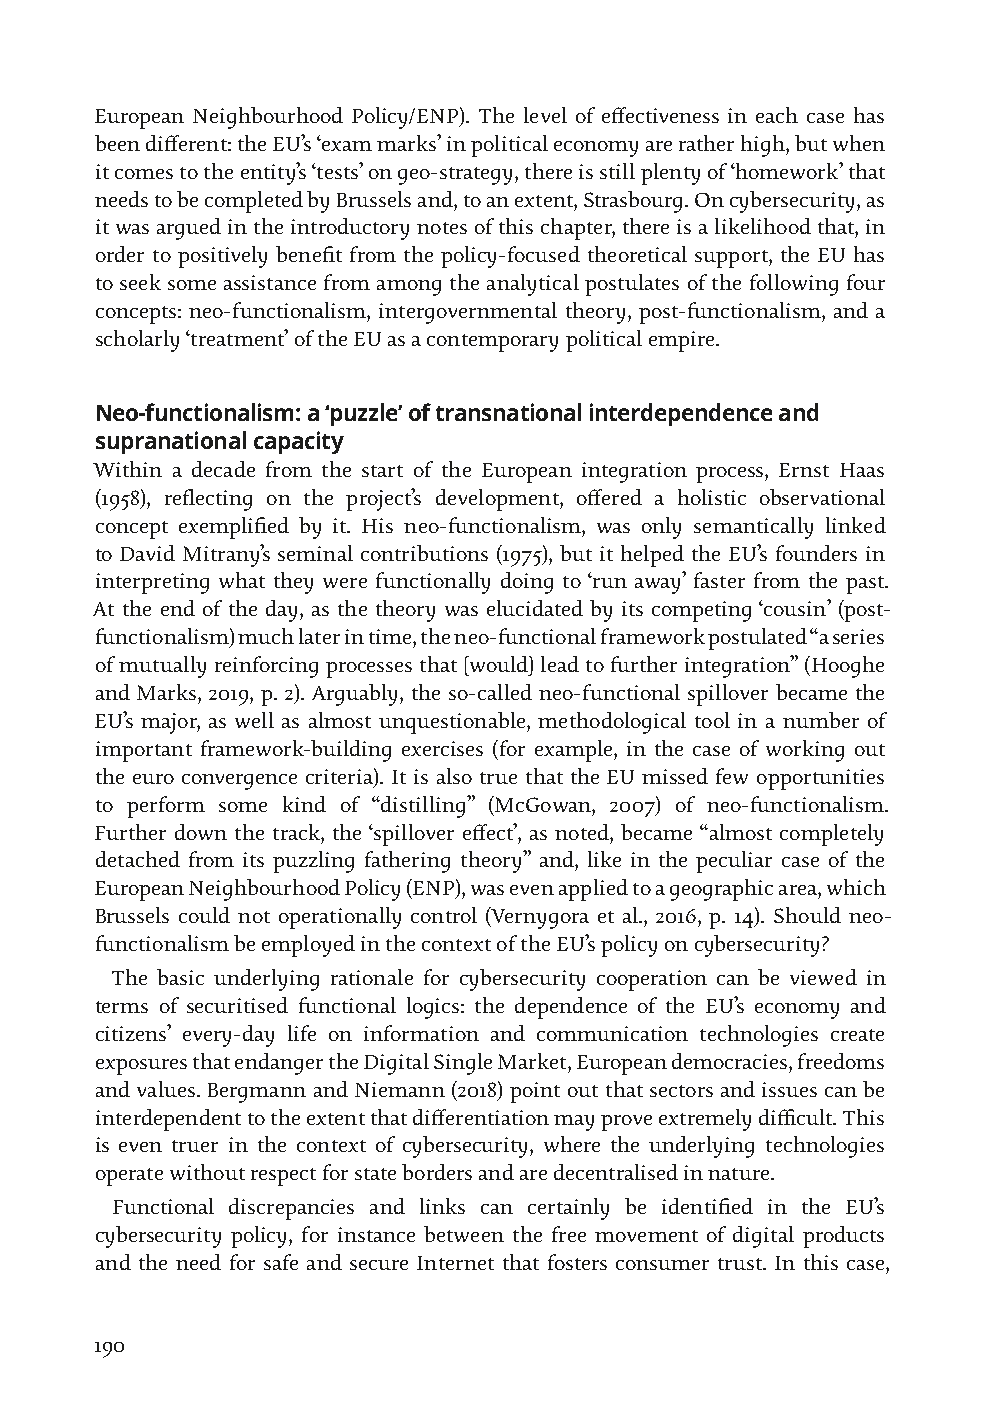
European Neighbourhood Policy/ENP). The level of effectiveness in each case has
 been different: the EU’s ‘exam marks’ in political economy are rather high, but when
 it comes to the entity’s ‘tests’ on geo-strategy, there is still plenty of ‘homework’ that
 needs to be completed by Brussels and, to an extent, Strasbourg. On cybersecurity, as
 it was argued in the introductory notes of this chapter, there is a likelihood that, in
 order to positively benefit from the policy-focused theoretical support, the EU has
 to seek some assistance from among the analytical postulates of the following four
 concepts: neo-functionalism, intergovernmental theory, post-functionalism, and a
 scholarly ‘treatment’ of the EU as a contemporary political empire.
 Neo-functionalism: a ‘puzzle’ of transnational interdependence and
 supranational capacity
 Within a decade from the start of the European integration process, Ernst Haas
 (1958), reflecting on the project’s development, offered a holistic observational
 concept exemplified by it. His neo-functionalism, was only semantically linked
 to David Mitrany’s seminal contributions (1975), but it helped the EU’s founders in
 interpreting what they were functionally doing to ‘run away’ faster from the past.
 At the end of the day, as the theory was elucidated by its competing ‘cousin’ (post-
 functionalism) much later in time, the neo-functional framework postulated “a series
 of mutually reinforcing processes that [would] lead to further integration” (Hooghe
 and Marks, 2019, p. 2). Arguably, the so-called neo-functional spillover became the
 EU’s major, as well as almost unquestionable, methodological tool in a number of
 important framework-building exercises (for example, in the case of working out
 the euro convergence criteria). It is also true that the EU missed few opportunities
 to perform some kind of “distilling” (McGowan, 2007) of neo-functionalism.
 Further down the track, the ‘spillover effect’, as noted, became “almost completely
 detached from its puzzling fathering theory” and, like in the peculiar case of the
 European Neighbourhood Policy (ENP), was even applied to a geographic area, which
 Brussels could not operationally control (Vernygora et al., 2016, p. 14). Should neo-
 functionalism be employed in the context of the EU’s policy on cybersecurity?
 The basic underlying rationale for cybersecurity cooperation can be viewed in
 terms of securitised functional logics: the dependence of the EU’s economy and
 citizens’ every-day life on information and communication technologies create
 exposures that endanger the Digital Single Market, European democracies, freedoms
 and values. Bergmann and Niemann (2018) point out that sectors and issues can be
 interdependent to the extent that differentiation may prove extremely difficult. This
 is even truer in the context of cybersecurity, where the underlying technologies
 operate without respect for state borders and are decentralised in nature.
 Functional discrepancies and links can certainly be identified in the EU’s
 cybersecurity policy, for instance between the free movement of digital products
 and the need for safe and secure Internet that fosters consumer trust. In this case,
 190